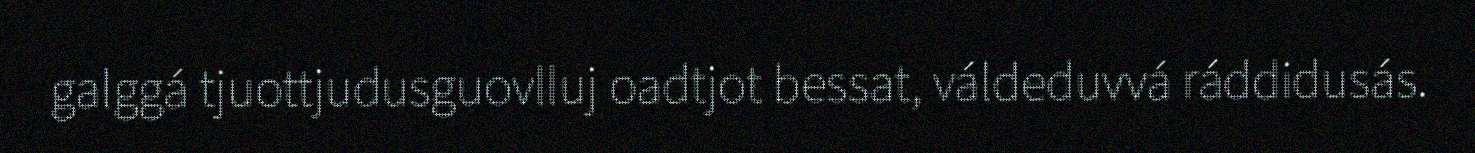
galggá tjuottjudusguovlluj oadtjot bessat, váldeduvvá ráddidusás.